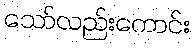
သော်လည်းကောင်း